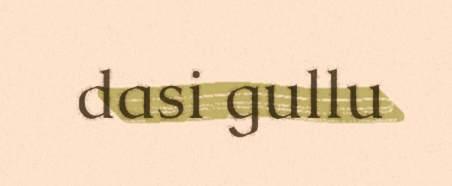
dasi gullu